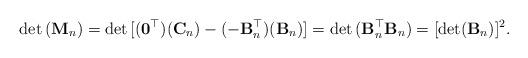
LaTeX: \begin{align*}\det{({\bf M}_n)}=\det{[({\bf 0}^\top)({\bf C}_n)-(-{\bf B}^\top _n)({\bf B}_n)]}=\det{({\bf B}^\top _n{\bf B}_n)}=[\det({\bf B}_n)]^2.\end{align*}